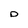
Character: o